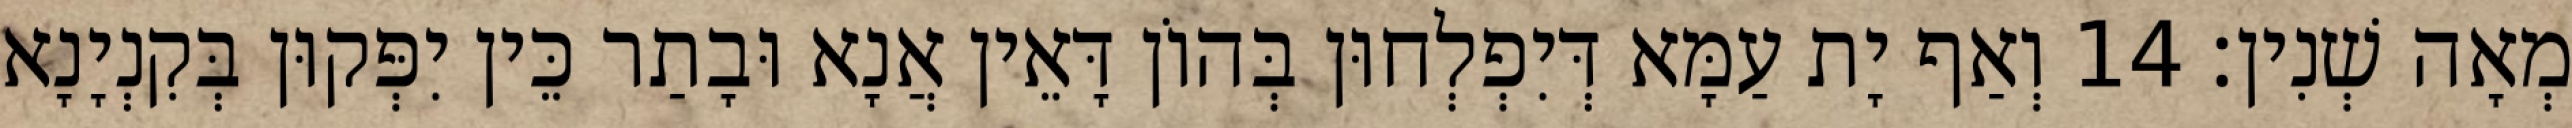
מְאָה שְׁנִין׃ 14 וְאַף יָת עַמָּא דְּיִפְלְחוּן בְּהוֹן דָּאֵין אֲנָא וּבָתַר כֵּין יִפְּקוּן בְּקִנְיָנָא